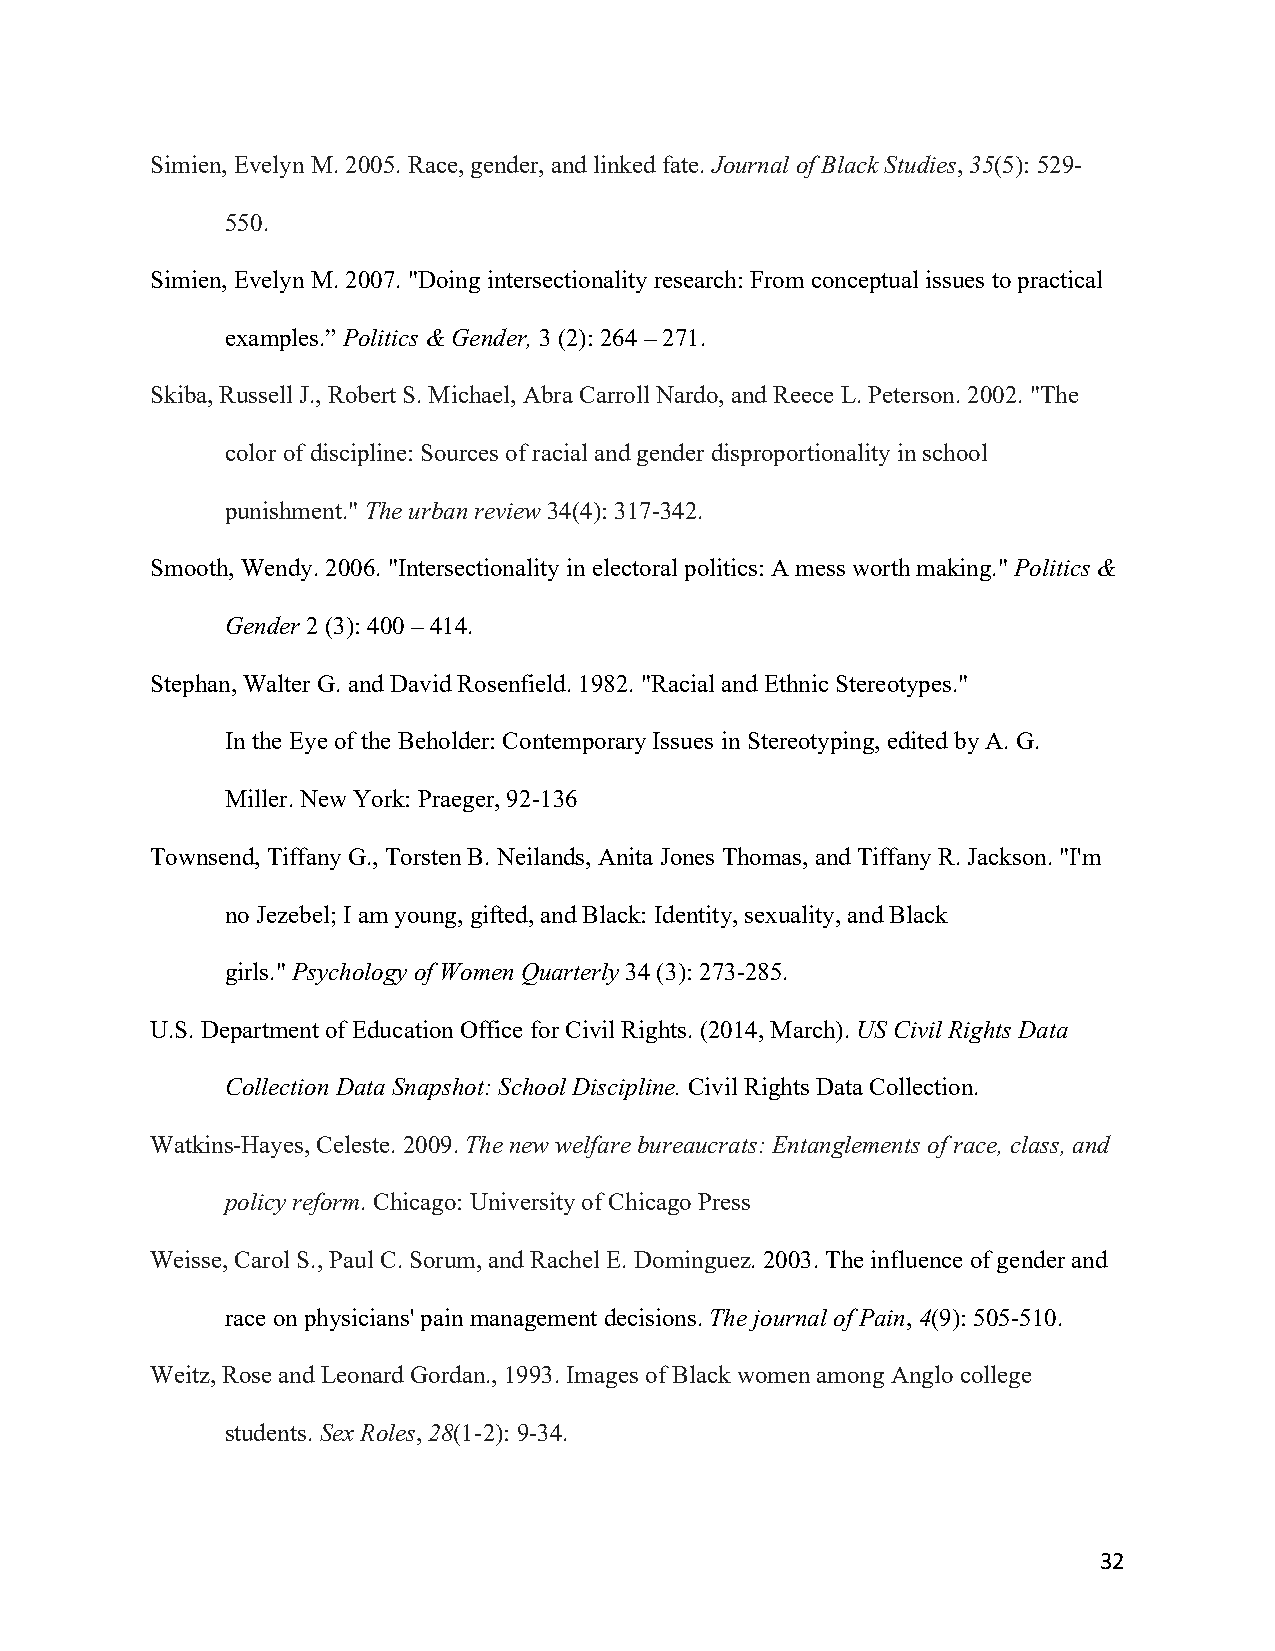
Simien, Evelyn M. 2005. Race, gender, and linked fate. Journal of Black Studies, 35(5): 529-
 550.
 Simien, Evelyn M. 2007. "Doing intersectionality research: From conceptual issues to practical
 examples.” Politics & Gender, 3 (2): 264 – 271.
 Skiba, Russell J., Robert S. Michael, Abra Carroll Nardo, and Reece L. Peterson. 2002. "The
 color of discipline: Sources of racial and gender disproportionality in school
 punishment." The urban review 34(4): 317-342.
 Smooth, Wendy. 2006. "Intersectionality in electoral politics: A mess worth making." Politics &
 Gender 2 (3): 400 – 414.
 Stephan, Walter G. and David Rosenfield. 1982. "Racial and Ethnic Stereotypes."
 In the Eye of the Beholder: Contemporary Issues in Stereotyping, edited by A. G.
 Miller. New York: Praeger, 92-136
 Townsend, Tiffany G., Torsten B. Neilands, Anita Jones Thomas, and Tiffany R. Jackson. "I'm
 no Jezebel; I am young, gifted, and Black: Identity, sexuality, and Black
 girls." Psychology of Women Quarterly 34 (3): 273-285.
 U.S. Department of Education Office for Civil Rights. (2014, March). US Civil Rights Data
 Collection Data Snapshot: School Discipline. Civil Rights Data Collection.
 Watkins-Hayes, Celeste. 2009. The new welfare bureaucrats: Entanglements of race, class, and
 policy reform. Chicago: University of Chicago Press
 Weisse, Carol S., Paul C. Sorum, and Rachel E. Dominguez. 2003. The influence of gender and
 race on physicians' pain management decisions. The journal of Pain, 4(9): 505-510.
 Weitz, Rose and Leonard Gordan., 1993. Images of Black women among Anglo college
 students. Sex Roles, 28(1-2): 9-34.
 32